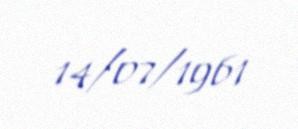
14/07/1961